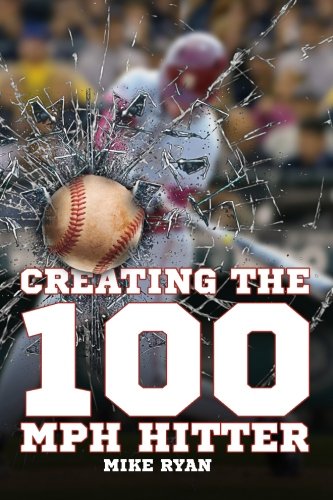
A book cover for Creating The 100 MPH Hitter; Mike Ryan; Sports & Outdoors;